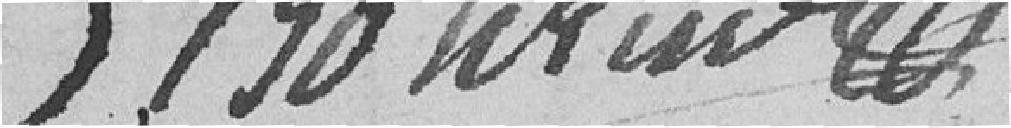
Bourier